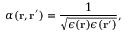
\alpha ( \mathbf { r } , \mathbf { r } ^ { \prime } ) = \frac { 1 } { \sqrt { \epsilon ( \mathbf { r } ) \epsilon ( \mathbf { r } ^ { \prime } ) } } ,